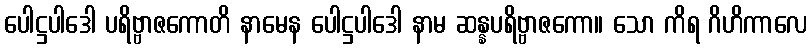
ပေါဋ္ဌပါဒေါ ပရိဗ္ဗာဇကောတိ နာမေန ပေါဋ္ဌပါဒေါ နာမ ဆန္နပရိဗ္ဗာဇကော။ သော ကိရ ဂိဟိကာလေ